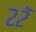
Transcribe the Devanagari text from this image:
२२ॅ